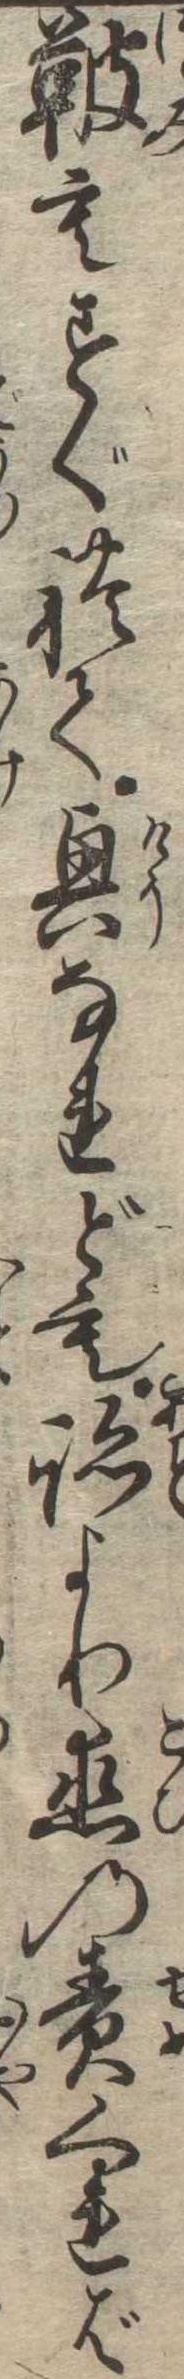
鞁もすぐれて興なれども跡より恋の責くれば